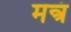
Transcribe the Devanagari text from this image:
मन्त्रं